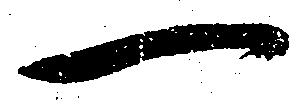
一